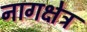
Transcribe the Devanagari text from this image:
नागक्षेत्र